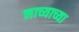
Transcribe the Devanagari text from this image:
नाच्याच्या